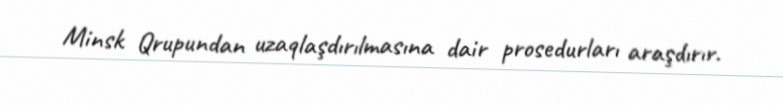
Minsk Qrupundan uzaqlaşdırılmasına dair prosedurları araşdırır.